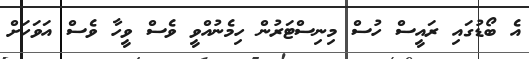
އެ ބޯޑުގައި ރައީސް ހުސް މިނިސްޓަރުން ހިމެނުއްވީ ވެސް ވީހާ ވެސް އަވަހަށް